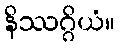
နိဿဂ္ဂိယံ။